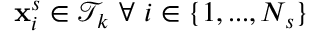
\mathbf { x } _ { i } ^ { s } \in \mathcal T _ { k } \ \forall \ i \in \{ 1 , . . . , N _ { s } \}